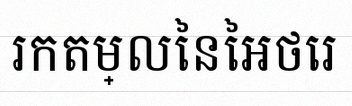
រកតម្លៃនៃអថេរ